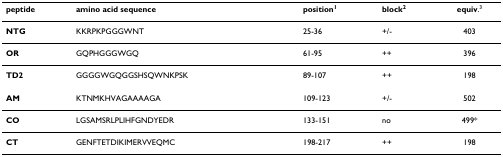
<table><thead><tr><td><b>peptide</b></td><td><b>amino acid sequence</b></td><td><b>position<sup>1</sup></b></td><td><b>block<sup>2</sup></b></td><td><b>equiv.<sup>3</sup></b></td></tr></thead><tbody><tr><td><b>NTG</b></td><td>KKRPKPGGGWNT</td><td>25-36</td><td>+/-</td><td>403</td></tr><tr><td><b>OR</b></td><td>GQPHGGGWGQ</td><td>61-95</td><td>++</td><td>396</td></tr><tr><td><b>TD2</b></td><td>GGGGWGQGGSHSQWNKPSK</td><td>89-107</td><td>++</td><td>198</td></tr><tr><td><b>AM</b></td><td>KTNMKHVAGAAAAGA</td><td>109-123</td><td>+/-</td><td>502</td></tr><tr><td><b>CO</b></td><td>LGSAMSRLPLIHFGNDYEDR</td><td>133-151</td><td>no</td><td>499*</td></tr><tr><td><b>CT</b></td><td>GENFTETDIKIMERVVEQMC</td><td>198-217</td><td>++</td><td>198</td></tr></tbody></table>